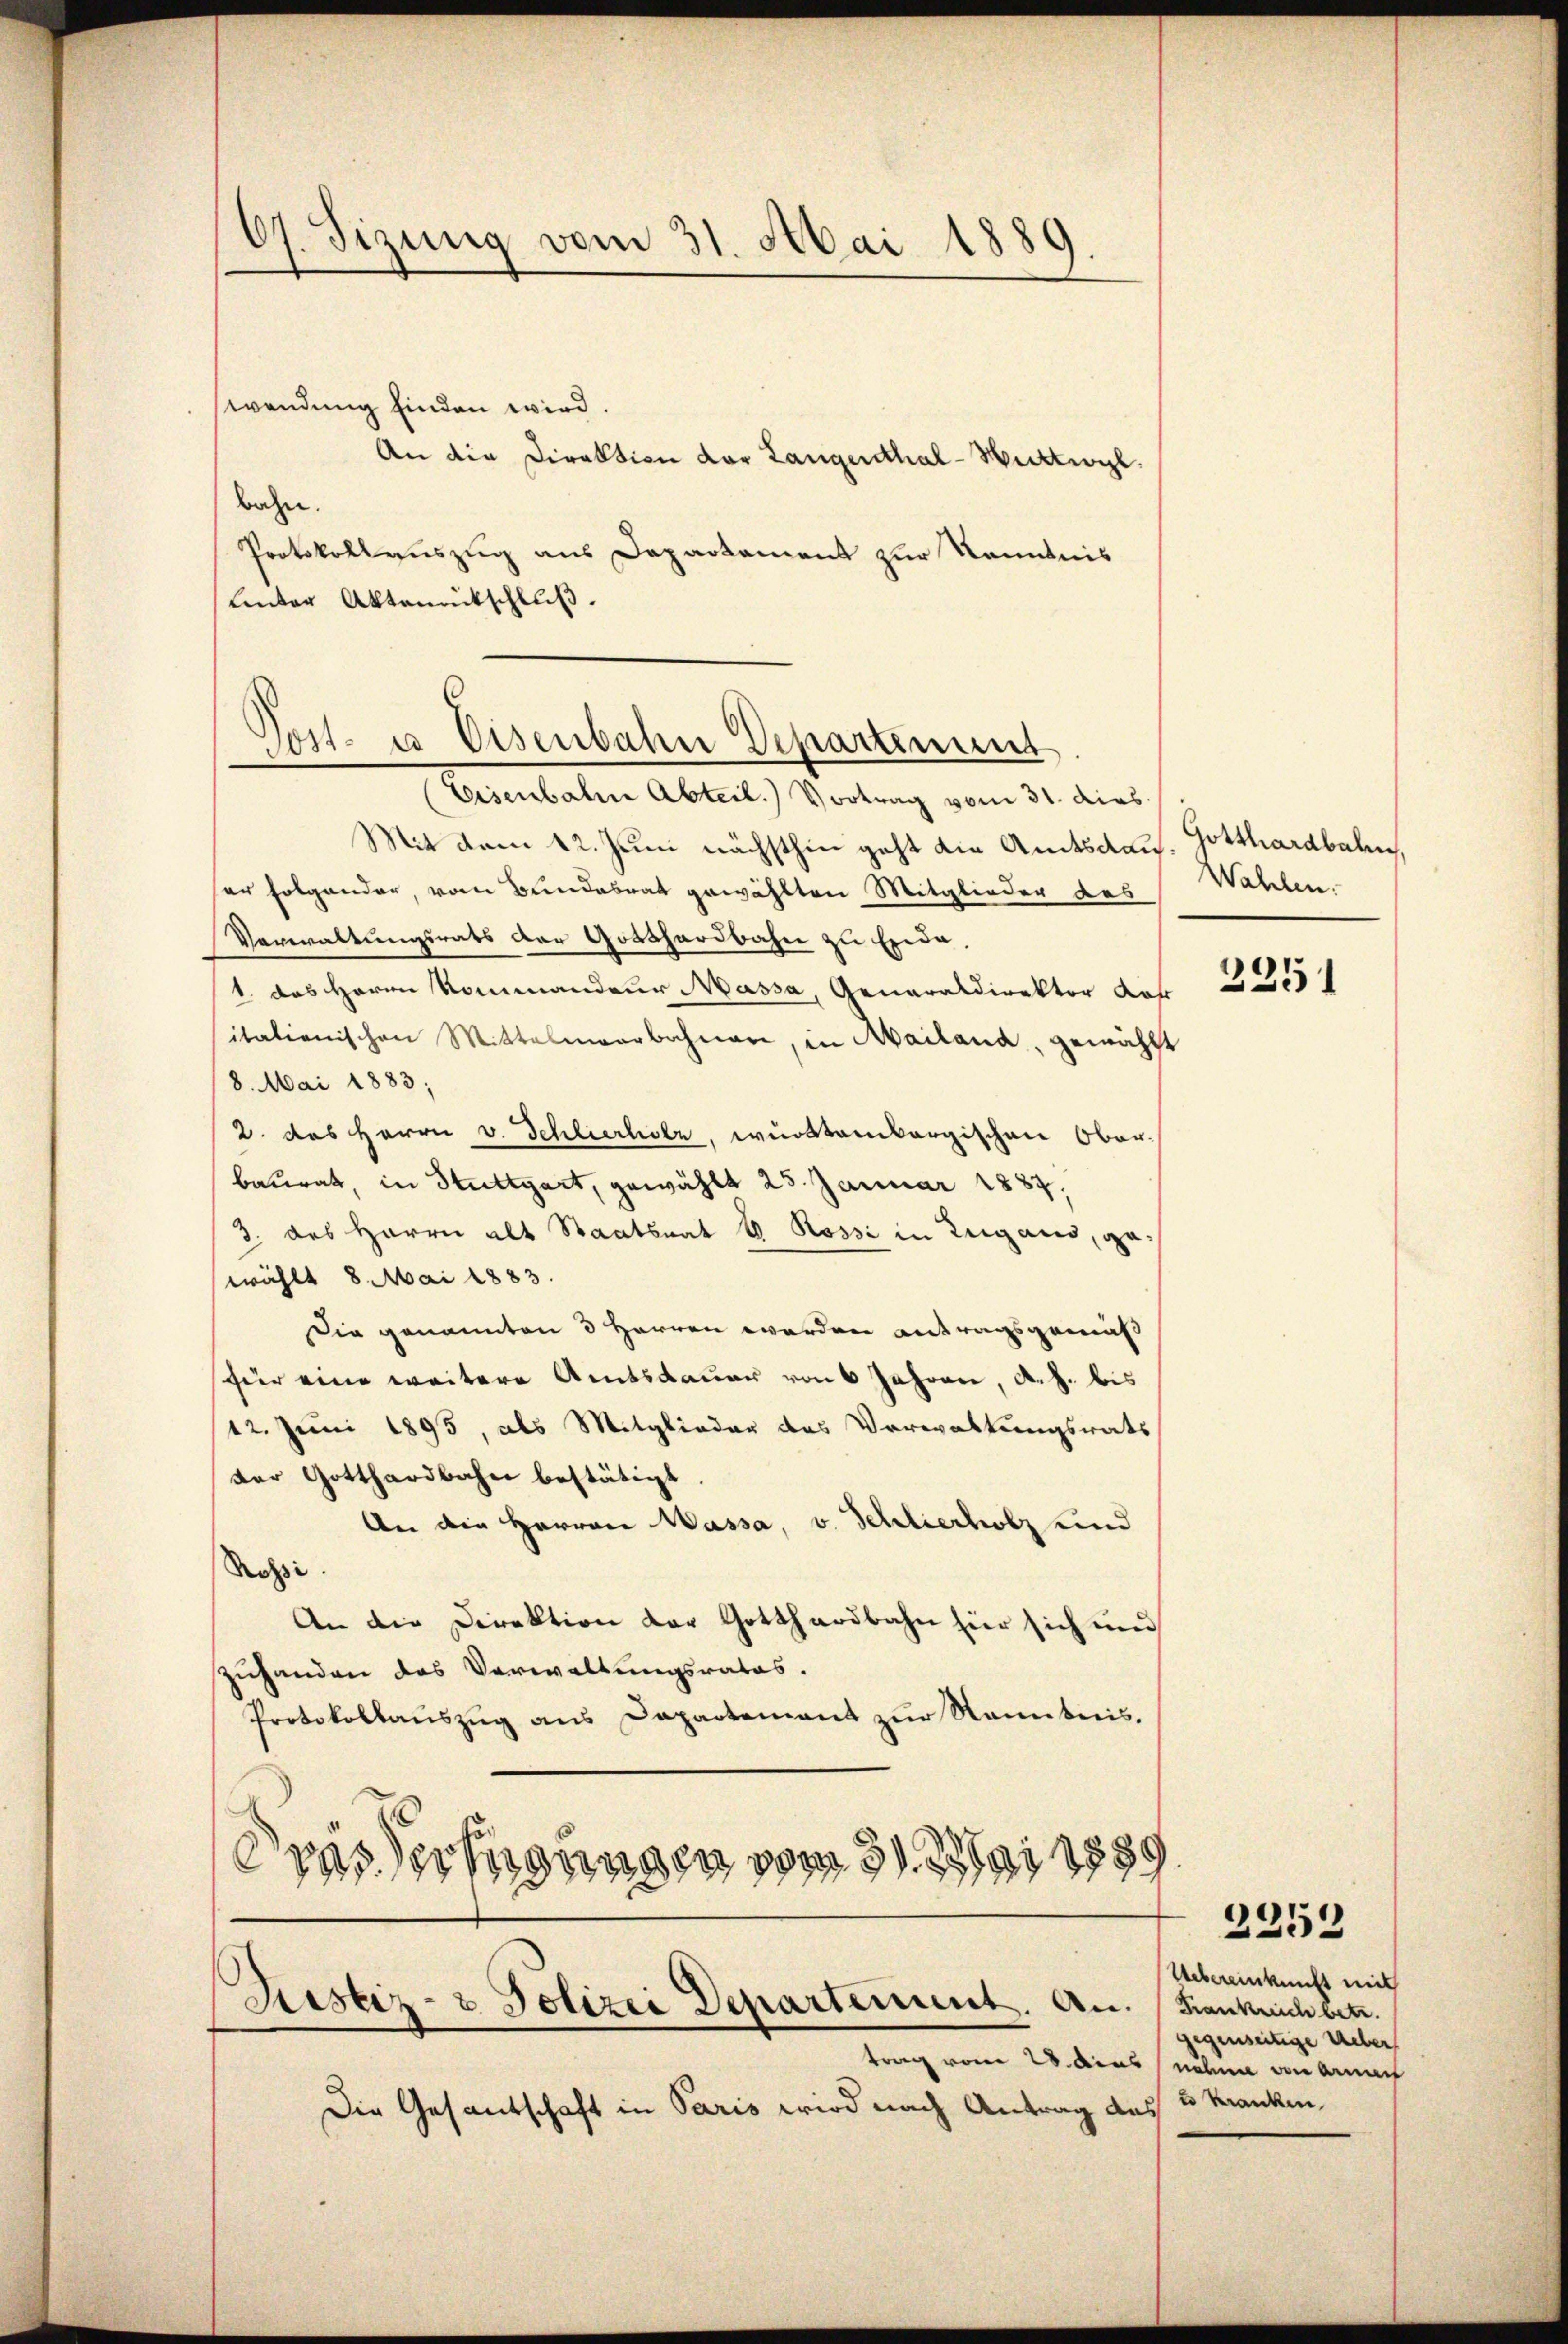
07. Sizung vom 31. Mai 1889.

wendung finden wird.
An die Direktion der Langenthal-Wattwyl,
bahn.
Protokollauszug aus Departement zur Kenntnis
Unter Aktennitschluß.

(Eisenbahne Abteil. Vortrag vom 31. dies
Mit dem 12. Juni nächsthin geht die Amtsdaus. Gotthardbahn,
er folgender, vom Bundesrat gewählten Mitglieder das Wahlen.
Verwaltungsrats der Gotthardbahn zu Erde,
1. das Herrn Kommandeur Massa, Generaldirektor da
itationischen Mittelmeerbahner, in Mailand, gewählt
8. Mai 1883;
2. das Herrn v. Schlierhole, württembergischen Oberbaurat, in Stuttgart, gewählt 25. Januar 1887,
3. des Herrn alt Staatsrat G. Rossi in Lugans, gewählt 8. Mai 1883.
Die genannten 3 Herren werden antragsgemäß
fier eine weitere Amtsdauer von 6 Jahren, A. h. bis
12. Juni 1895, als Mitglieder das Verwaltungsrats
der Gotthardbahn bestätigt
An die Herren Massa, v. Schlierholz und
Rossi
An die Direktion der Gotthardbahn für sich und
zuhanden des Verwaltungsrates.
Protokollauszug aus Dapartement zur Renntnis.
Drasserfügungen vom 31. Mai 1889

Post- u Eisenbahn Departenunt

Sistiz- & Polizei Departeiment. An. (Frankrich betr.
trag vom 28. Ausnahme von ainach

2251

Uebereinkunft mit
gegenseitige Ueber
e kranken

Die Gesandschaft in Paris wird nach Antrag des

2253